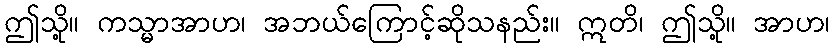
ဤသို့။ ကသ္မာအာဟ၊ အဘယ်ကြောင့်ဆိုသနည်း။ ဣတိ၊ ဤသို့။ အာဟ၊